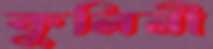
কুলিনী